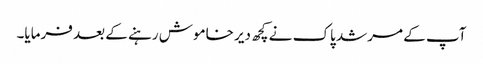
آپ کے مرشد پاک نے کچھ دیر خاموش رہنے کے بعد فرمایا۔